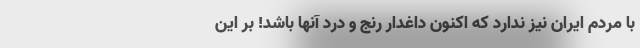
با مردم ایران نیز ندارد که اکنون داغدار رنج و درد آنها باشد! بر این